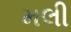
મલી